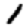
Digit: 1